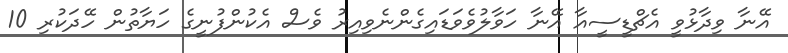
އޭނާ ވިދާޅުވީ އެޗްޑީސީއާ އޭނާ ހަވާލުވެވަޑައިގެންނެވިއިރު ވެސް އެކުންފުނީގެ ހަޔާތުން ހޭދަކުރި 10